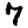
Digit: 7